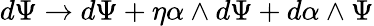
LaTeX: d\Psi\rightarrow d\Psi+\eta\alpha\wedge d\Psi+d\alpha\wedge\Psi